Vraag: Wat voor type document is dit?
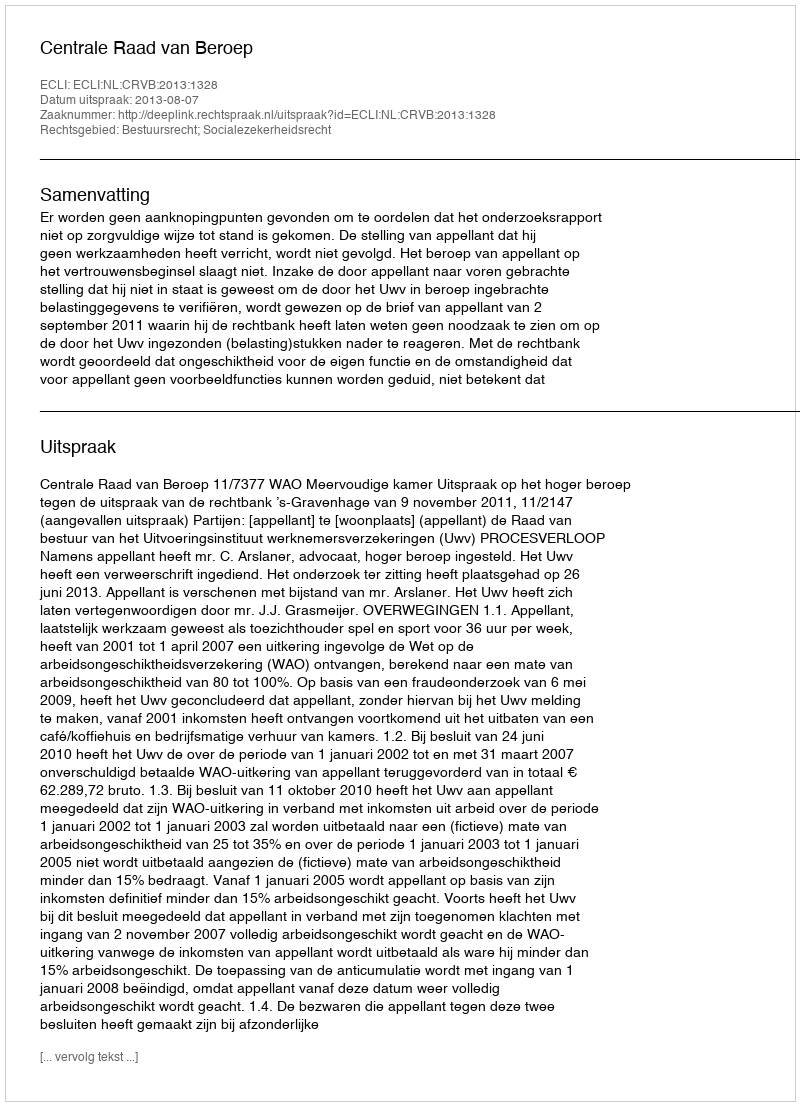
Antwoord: Uitspraak